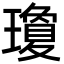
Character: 瓊